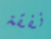
نفقة